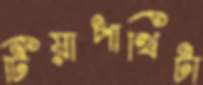
টিয়াপাখিটা